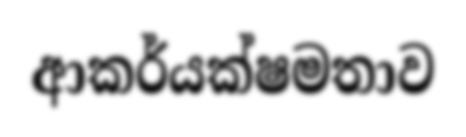
ආකර්යක්ෂමතාව